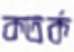
কতর্ক